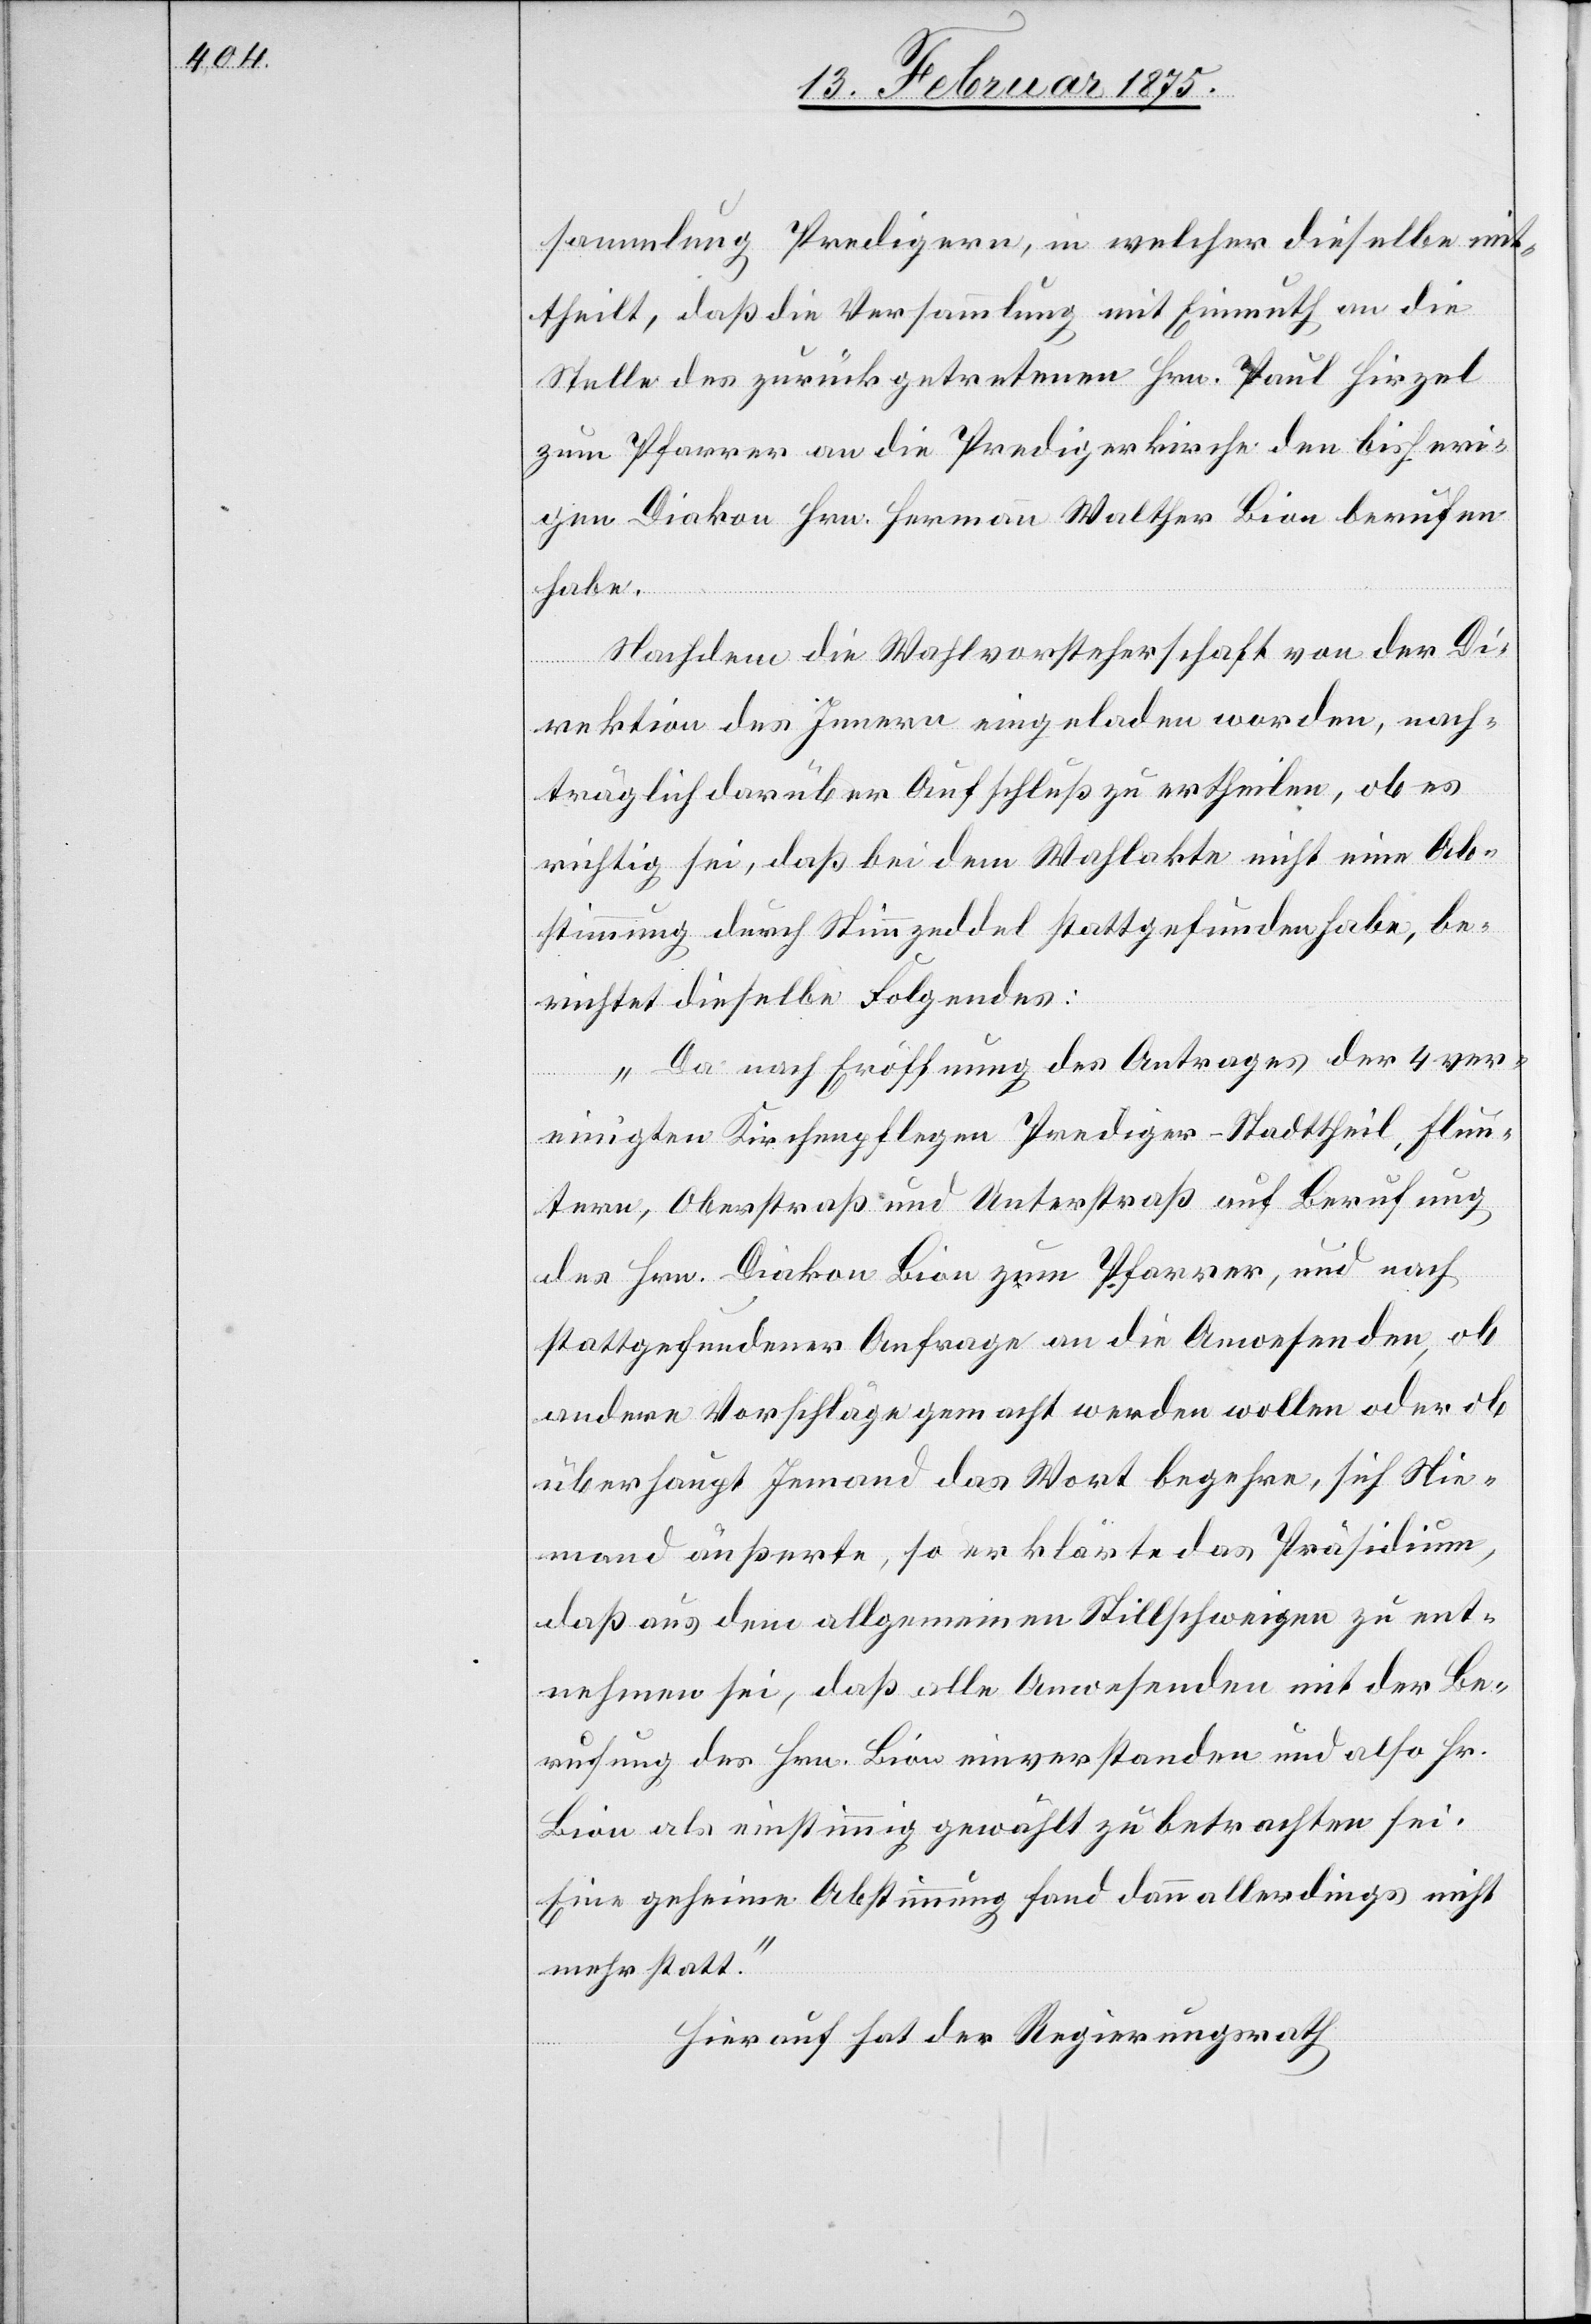
sammlung Predigern, in welcher dieselbe mit¬
theilt, daß die Versammlung mit Einmuth an die
Stelle des zurückgetretenen Hrn. Paul Hirzel
zum Pfarrer an die Predigerkirche den bisheri¬
gen Diakon Hrn. Hermann Walther Bion berufen
habe.
Nachdem die Wahlvorsteherschaft von der Di¬
rektion des Innern eingeladen worden, nach¬
träglich darüber Aufschluß zu ertheilen, ob es
richtig sei, daß bei dem Wahlakte nicht eine Ab¬
stimmung durch Wahlzeddel stattgefunden habe, be¬
richtet dieselbe Folgendes:
„Da nach Eröffnung des Antrages der 4 ver¬
einigten Kirchenpflegen Prediger-Stadttheil, Flun¬
tern, Oberstraß und Unterstraß auf Berufung
des Hrn. Diakon Bion zum Pfarrer, und nach
stattgefundener Anfrage an die Anwesenden, ob
andere Vorschläge gemacht werden wollen oder ob
überhaupt Jemand das Wort begehre, sich Nie¬
mand äußerte, so erklärte das Präsidium,
daß aus dem allgemeinen Stillschweigen zu ent¬
nehmen sei, daß alle Anwesenden mit der Be¬
rufung des Hrn. Bion einverstanden und also Hr.
Bion als einstimmig gewählt zu betrachten sei.
Eine geheime Abstimmung fand dann allerdings nicht
mehr statt.“
Hierauf hat der Regierungsrath